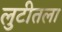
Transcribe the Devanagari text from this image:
लुटीतला